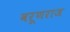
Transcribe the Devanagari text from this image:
वरूणराज